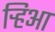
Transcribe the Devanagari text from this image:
र्‍हिआ